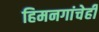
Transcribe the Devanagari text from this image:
हिमनगांचेही